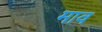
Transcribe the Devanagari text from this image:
माव